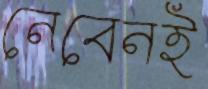
নেবেনই